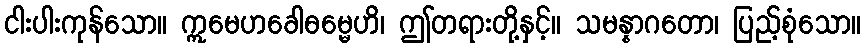
ငါးပါးကုန်သော။ ဣမေဟခေါဓမ္မေဟိ၊ ဤတရားတို့နှင့်။ သမန္နာဂတော၊ ပြည့်စုံသော။